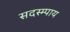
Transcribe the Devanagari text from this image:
सदस्म्पाय